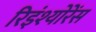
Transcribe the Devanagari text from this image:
रिइंश्योरेंस